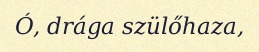
Ó, drága szülőhaza,